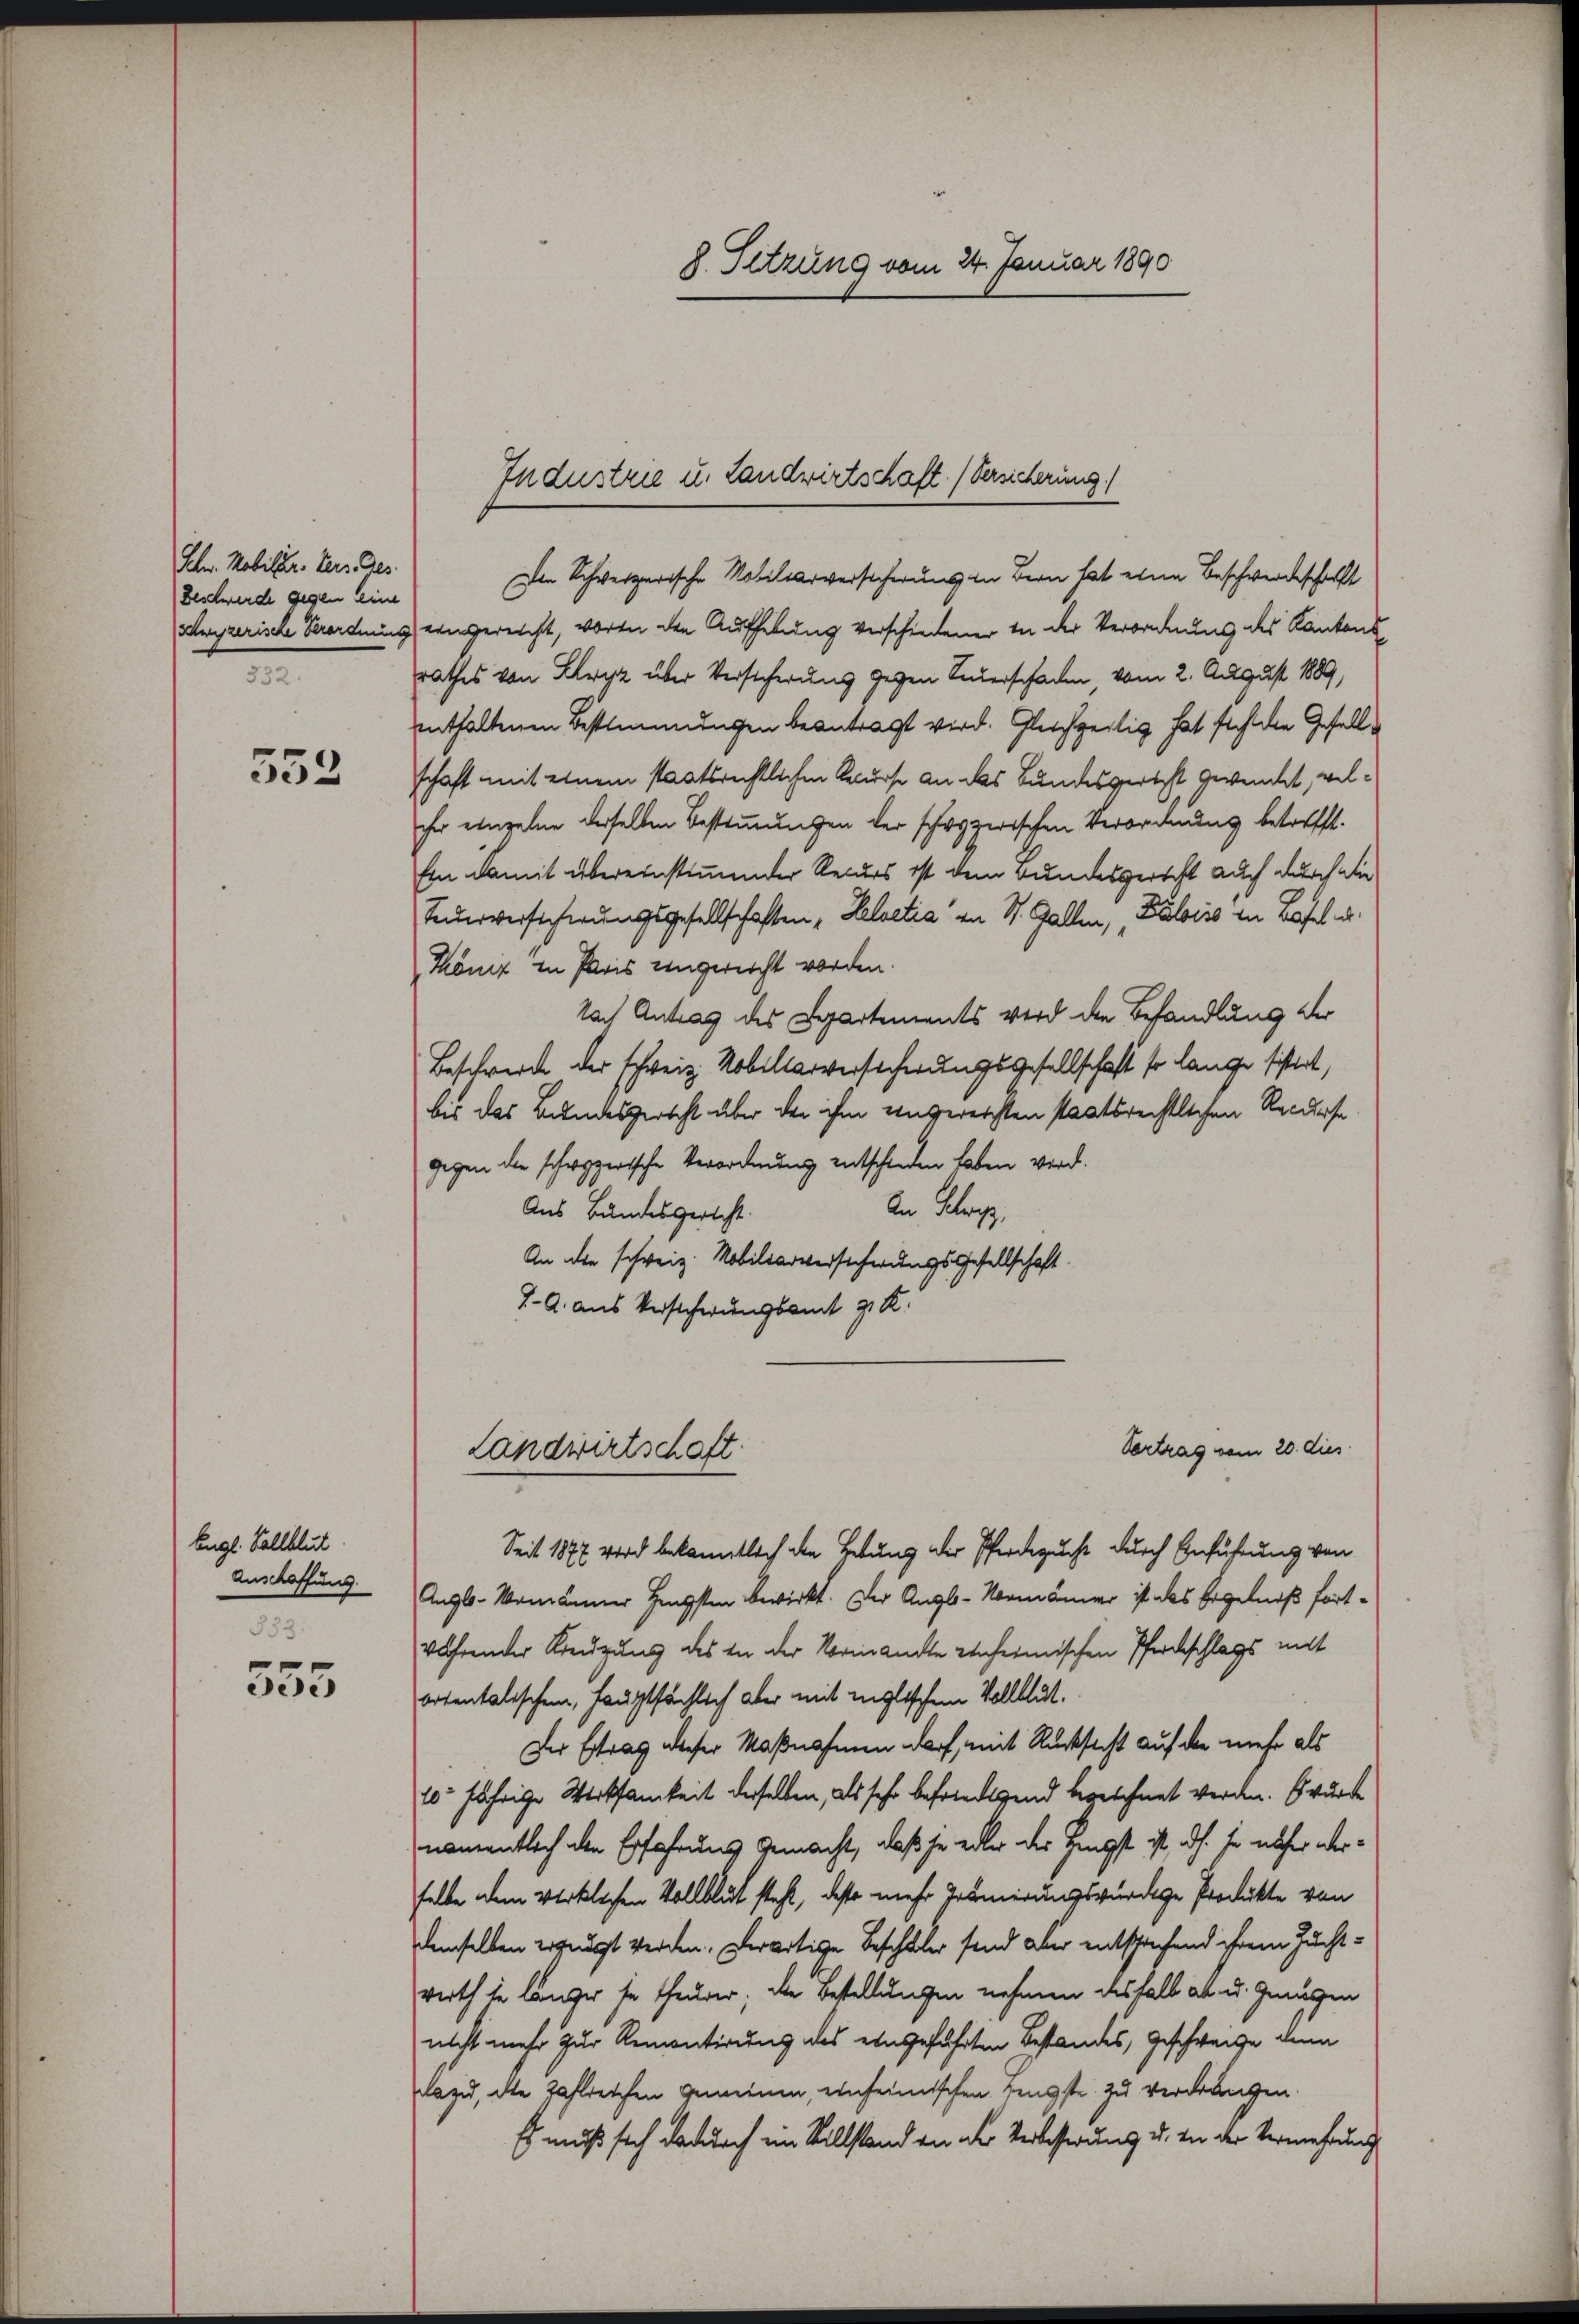
Febr. Mobilier. Vers. Ges.
beschwerde gegen seine
332.

552

Engl. Sallblut
Anschaffung.
333:

555

8. Setzung vom 24. Januar 1890

Industrie u. Landwirtschaft. (Versicherung)

Den Schweizerische Nobiliarversicherung in Bern hat eine Beschwerdeschafft
Schwyzerische Verordnung eingereicht, woren den Aufhebung verschiedener in der Verordnung des Kantonsrathes von Kryz über Versicherung gegen Seerschaden, vom 2. August 1889,
enthaltenen Bestimmungen beantragt wird. Gleichzeitig hat sich die Gesellschaft mit einem staatsrechtlichen Recurse an das Bundesgericht gewendet, weliher einzelne derselben Bestimmungen der schwyzerischen Verordnung betrifft.
Ein damit übereinstimmter Recurs ist dem Bundesgericht auch durch die
Teuerversicherungsgesellschaften „Helvetia in St. Gallen, Paloirs in Basel d.
Köniz in Paris eingereicht worden.
Nach Antrag des Departements wird den Behandlung der
Beschwerde der schweiz. Nobiliarversicherungsgesellschaft so lange sistert,
bis das Bundesgericht über den ihm angereichten staatsrechtlichen Recurse
gegen die schwyzerische Verordnung entschieden haben wird.
An Schre
Aus Bundesgericht.
An die schweiz. Mobiliarversicherungsgesellschaft
J. A. aus Versicherungsamt z. R.

Landwirtschaft

Vertrag vom 20. dies
Seit 1872 wird bekanntlich den Hebung der Pferdezucht durch Einführung von
Auglo-Vrmänner Hengsten bewirkt. Der Angl-Normänner ist das Ergebniß fortwofernder Kreuzung des in der Vorwandte einheimischen Pferschlags mit
ortentalischen, hauptsächlich aber mit inglischen Vollblat¬
Der Ertrag dieser Maßnahmen darf, mit Rücksicht auf die mehr als
10 jährige Werksamkeit derselben, als sehr befriedigend bezeichnet werden. O würde
namentlich den Erfahrung gemacht, daß je edler des Hengst ist, d.h. in näher derselbe dem wirklichen Vollblick steht, desse mehr Ironierungswürdige Produkte von
demselben erzeugt werden. Derartige Beschaler sind der entsprechend ihrem Zuchtwirthie länger se theurer; die Bestellungen nehmen deshalb ab u. Genügen
nicht mehr zur Remontirung des eingeführten Bestandes, geschweige dem
dazu, die Zahlreichen gemeinen, einheimischen Hengste zu verdrängen.
Es muß sich dadurch im Stillstand an der Verbeserung u. in der Vermehrung